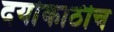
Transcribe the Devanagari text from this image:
दर्याकाठीच